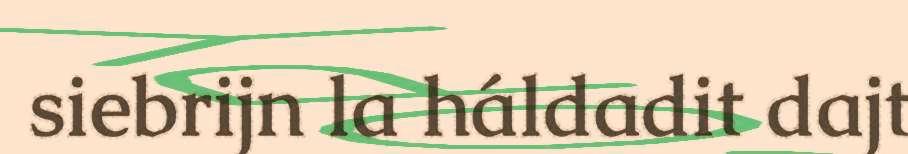
siebrijn la háldadit dajt